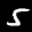
Label: 5